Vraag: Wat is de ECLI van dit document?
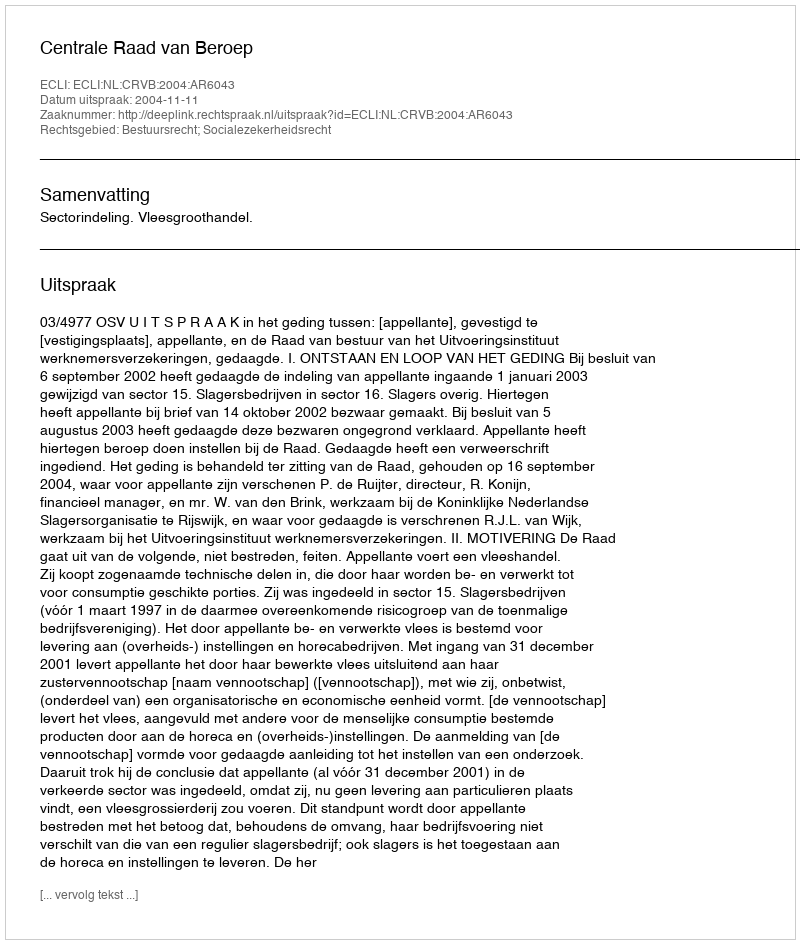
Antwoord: ECLI:NL:CRVB:2004:AR6043